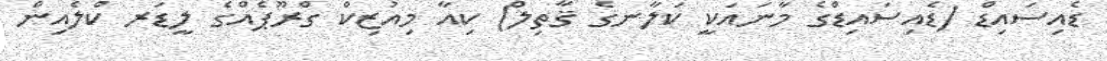
ޑެއިސައިޑް (ޑެއިސައިޑްގެ މާނައަކީ ކަލާނގެ ޤާތިލް) ކިއާ މިއުޒިކް ގްރޫޕެއްގެ ލީޑަރ ކްލެއިން